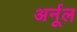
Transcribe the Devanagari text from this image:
अर्नूल